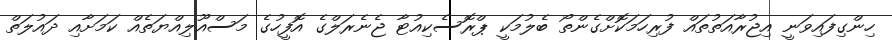
ހިންގިފައިވަނީ އިޖުރާއަތުތައް ފުރިހަމަކޮށްގެންތޯ ބެލުމަކީ ޕްރޮސެކިއުޓާ ޖެނެރަލްގެ އޮފީހުގެ މަސްއޫލިއްޔަތެއް ކަމަށާއި ދައުލަތް